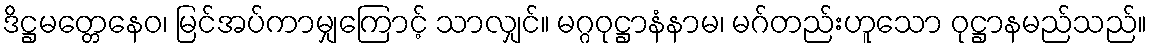
ဒိဋ္ဌမတ္တေနေဝ၊ မြင်အပ်ကာမျှကြောင့် သာလျှင်။ မဂ္ဂဝုဋ္ဌာနံနာမ၊ မဂ်တည်းဟူသော ဝုဋ္ဌာနမည်သည်။